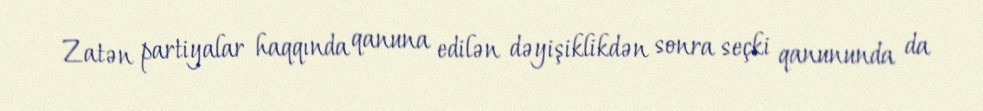
Zatən partiyalar haqqında qanuna edilən dəyişiklikdən sonra seçki qanununda da